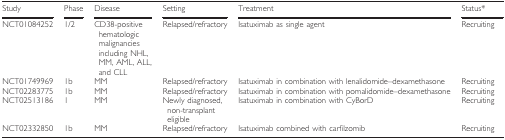
<table><thead><tr><td><b>Study</b></td><td><b>Phase</b></td><td><b>Disease</b></td><td><b>Setting</b></td><td><b>Treatment</b></td><td><b>Status*</b></td></tr></thead><tbody><tr><td>NCT01084252</td><td>1/2</td><td>CD38‐positive hematologic malignancies including NHL, MM, AML, ALL, and CLL</td><td>Relapsed/refractory</td><td>Isatuximab as single agent</td><td>Recruiting</td></tr><tr><td>NCT01749969</td><td>1b</td><td>MM</td><td>Relapsed/refractory</td><td>Isatuximab in combination with lenalidomide–dexamethasone</td><td>Recruiting</td></tr><tr><td>NCT02283775</td><td>1b</td><td>MM</td><td>Relapsed/refractory</td><td>Isatuximab in combination with pomalidomide–dexamethasone</td><td>Recruiting</td></tr><tr><td>NCT02513186</td><td>1</td><td>MM</td><td>Newly diagnosed, non‐transplant eligible</td><td>Isatuximab in combination with CyBorD</td><td>Recruiting</td></tr><tr><td>NCT02332850</td><td>1b</td><td>MM</td><td>Relapsed/refractory</td><td>Isatuximab combined with carfilzomib</td><td>Recruiting</td></tr></tbody></table>